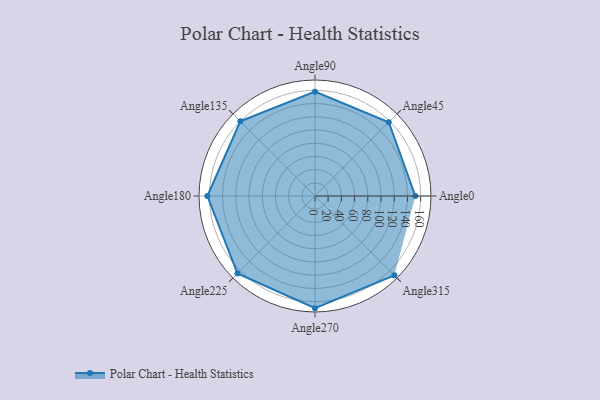
{"axis": {"x": "Angle", "y": "Radius"}, "legend": [""], "data": [{"x": "Angle0", "y": 152.0, "type": ""}, {"x": "Angle45", "y": 158.0, "type": ""}, {"x": "Angle90", "y": 158.0, "type": ""}, {"x": "Angle135", "y": 160.0, "type": ""}, {"x": "Angle180", "y": 163.0, "type": ""}, {"x": "Angle225", "y": 166.0, "type": ""}, {"x": "Angle270", "y": 170, "type": ""}, {"x": "Angle315", "y": 170, "type": ""}]}